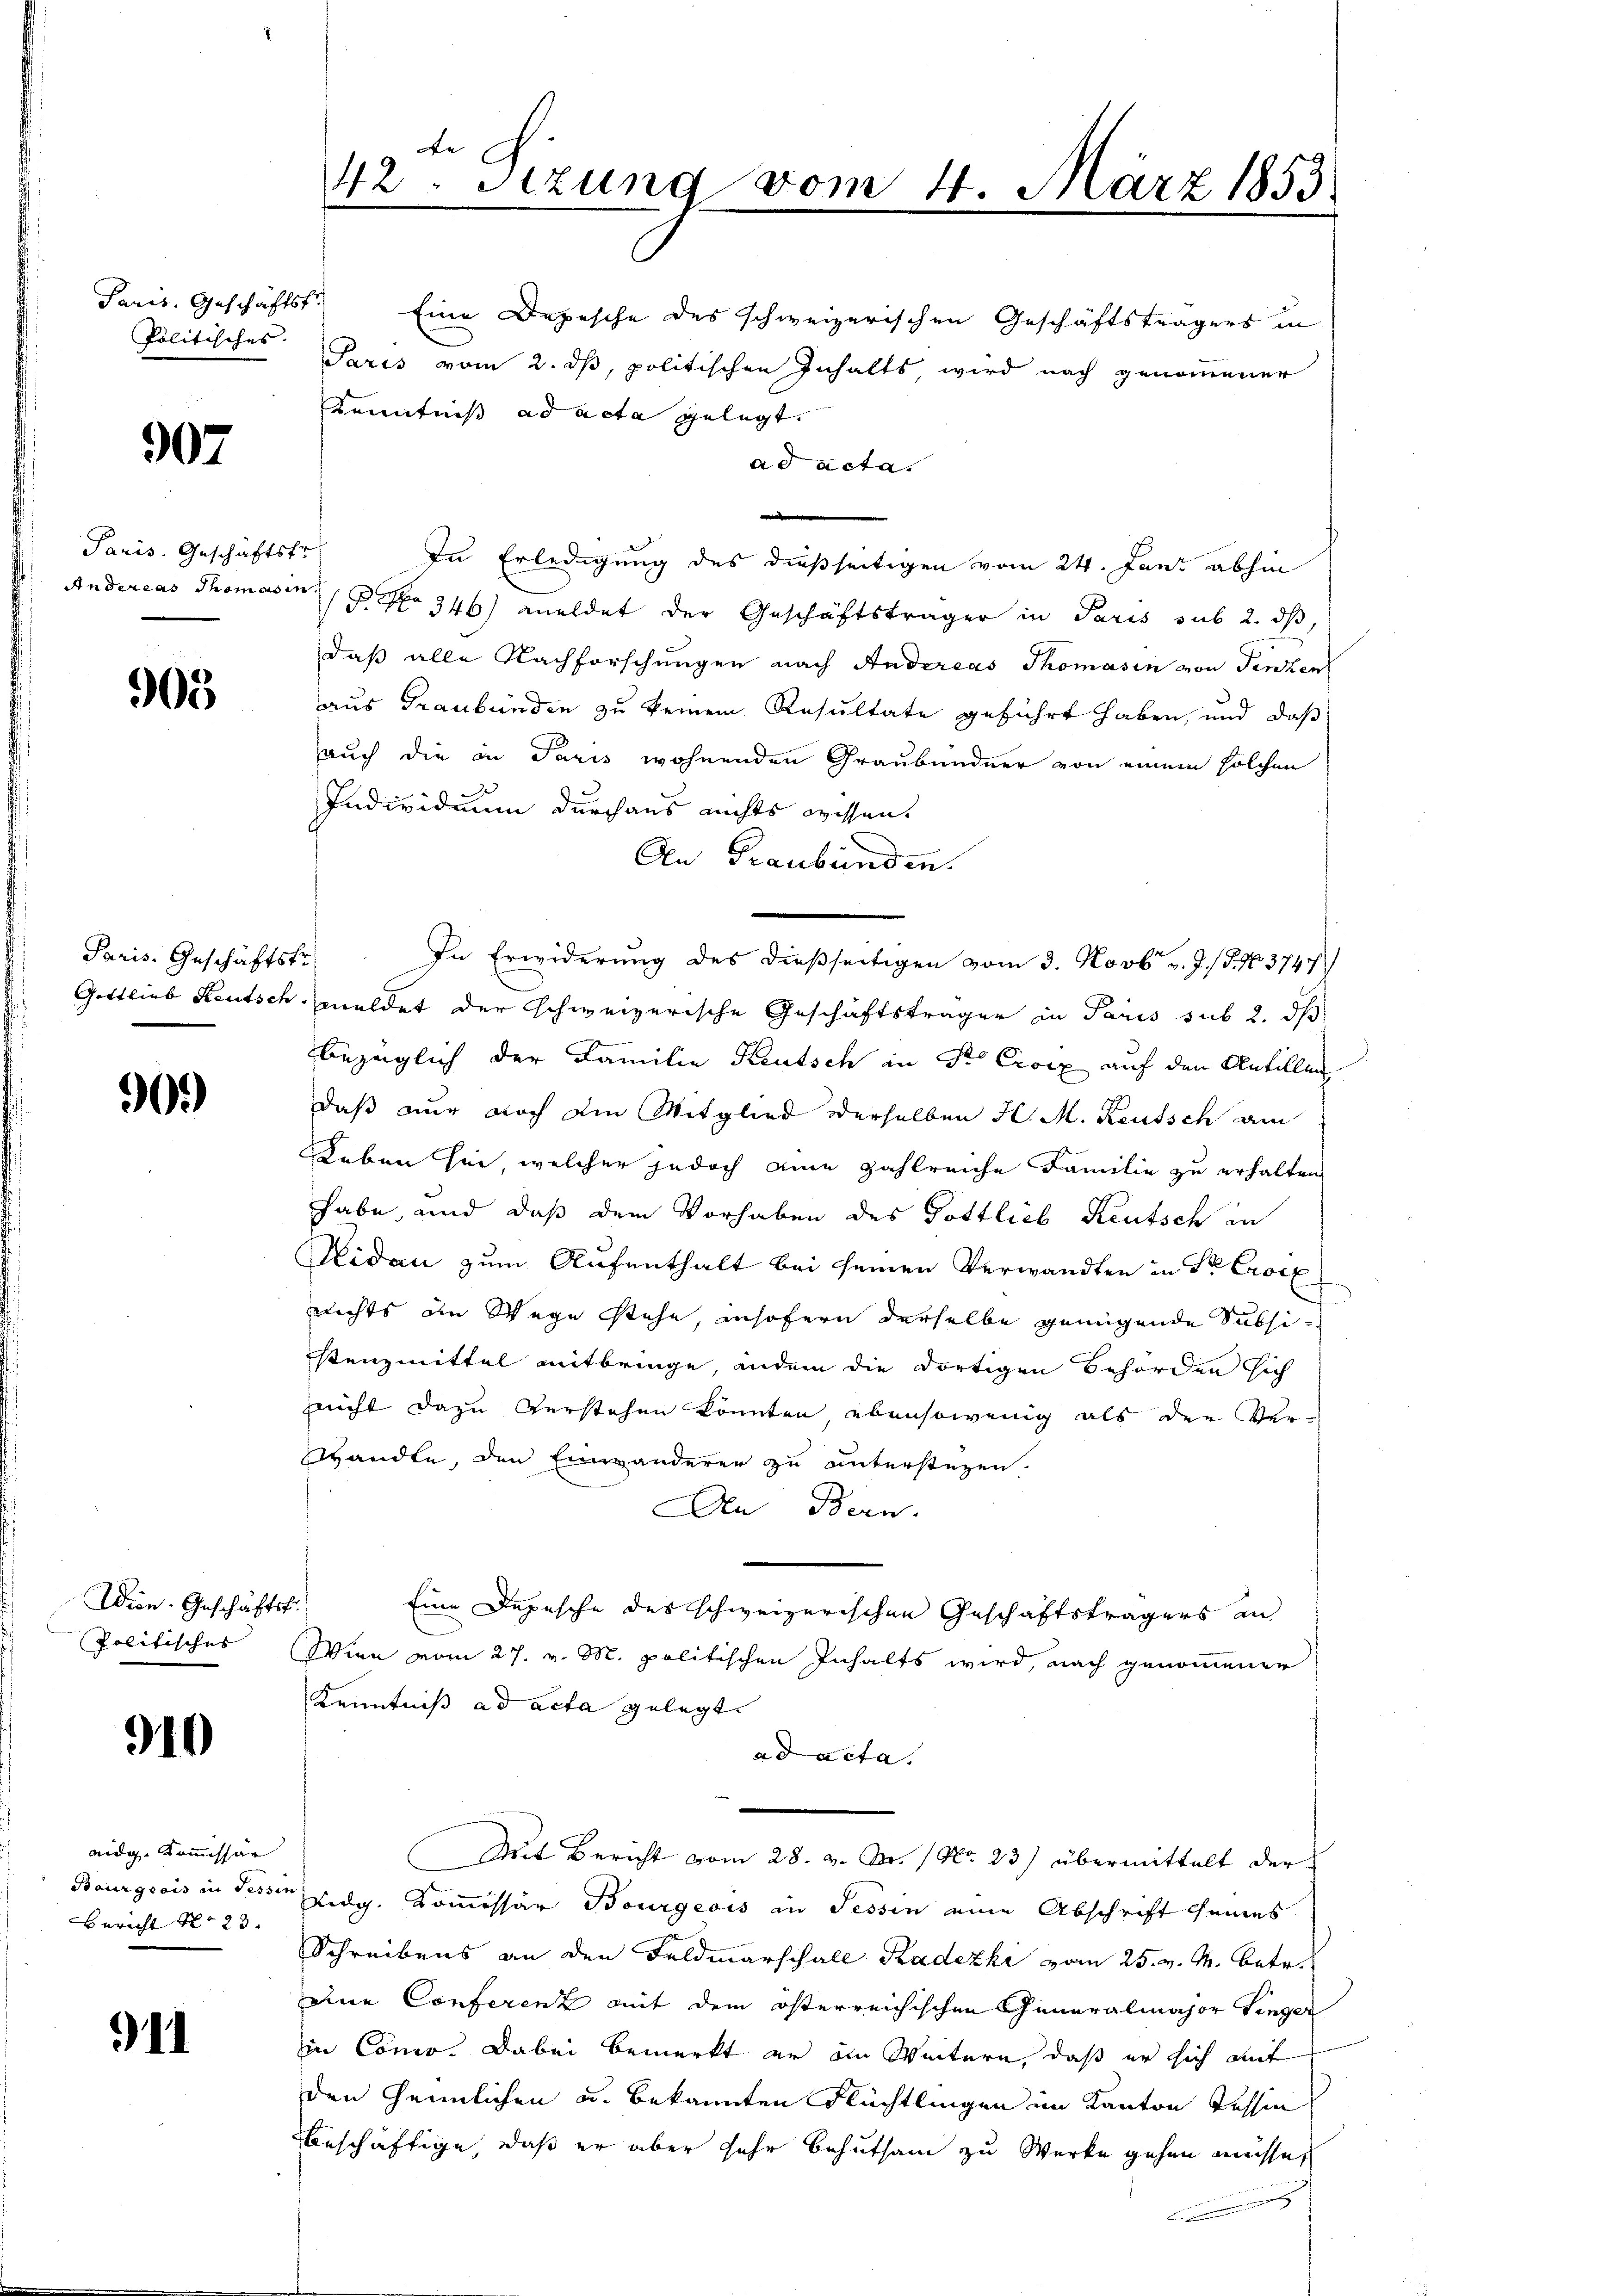
Politisches.

907

Paris. Geschäftsfr

905

Paris. Geschäftstr

90.)

Wien-Geschäftst

910

eidg. Kommissär
Bericht No 23.

11

42. Sitzung vom 4. März 1853

Paris. Geschäftst.) Eine Depesche des schweizerischen Geschäftsträgers in
Paris vom 2. dß, politischen Inhalts, wird nach genommener
Kenntniß ad acta gelegt.
ad acta.
i
In Erledigung des dießseitigen vom 24. Juni abhin
Andereas Thomas in No 346 meldet der Geschäftsträger in Paris sub 2. ds,
daß alle Nachforschungen nach Andereas Thomasin von Finken
aus Graubünden zu keinem Resultate geführt haben, und daß
auch die in Paris wohnenden Graubündner von einem solchen
Individuum durchaus nichts wissen.
An Graubünden.
In Erwiderung des dießseitigen vom 3. Novb. v. J. J. No. 3747)
Gottlieb Reutsch meldet der schweizerische Geschäftsträger in Paris sub 2. ds
bezüglich der Familie Kautsch in St. Croix auf den Anfüllung
daß nur noch die Mitglied derselben H. M. Keusch am
Leben sei, welcher jedoch eine zahlreiche Familie zu erhalten
habe, und daß dem Vorhaben des Pottlieb Reutsch in
Nidau zum Aufenthalt bei seinen Verwandten in Sr. Croix
nichts im Wege stehe, insofern derselbe genügende Subsi-
stenzmittel mitbringe, andem die dortigen Behörden sich
nicht dazu verstehen könnten, ebensowenig als der Ver-
Wandte, den Einwanderer zu unterstüzen.
Den Bern.
Eine Depesche des schweizerischen Geschäftsträgers an
Politisches (Wien vom 27. v. M. politischen Inhalts wird, nach genommener
Kenntniß ad acta gelegt.
ad acta.
Mit Bericht vom 28. v. Fr. 1 No 23) übermittelt der
Bourgeois in desser Eidg. Kommissär Bourgeois in Tessin eine Abschrift seines
Schreibens an den Feldmarschall Kadezki vom 25. v. M. betr.
eine Conferenz mit dem österreichischen Generalmajor Finger
in Cono. Dabei bemerkt er in Weitern, daß er sich auf
den Grünlichen u. bekannten Flüchtlingen im Kanton Tessin
beschäftige, daß er aber sehr behutsam zu Werke gehen müsse,
s
F